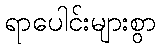
ရာပေါင်းများစွာ